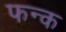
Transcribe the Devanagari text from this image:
फन्क